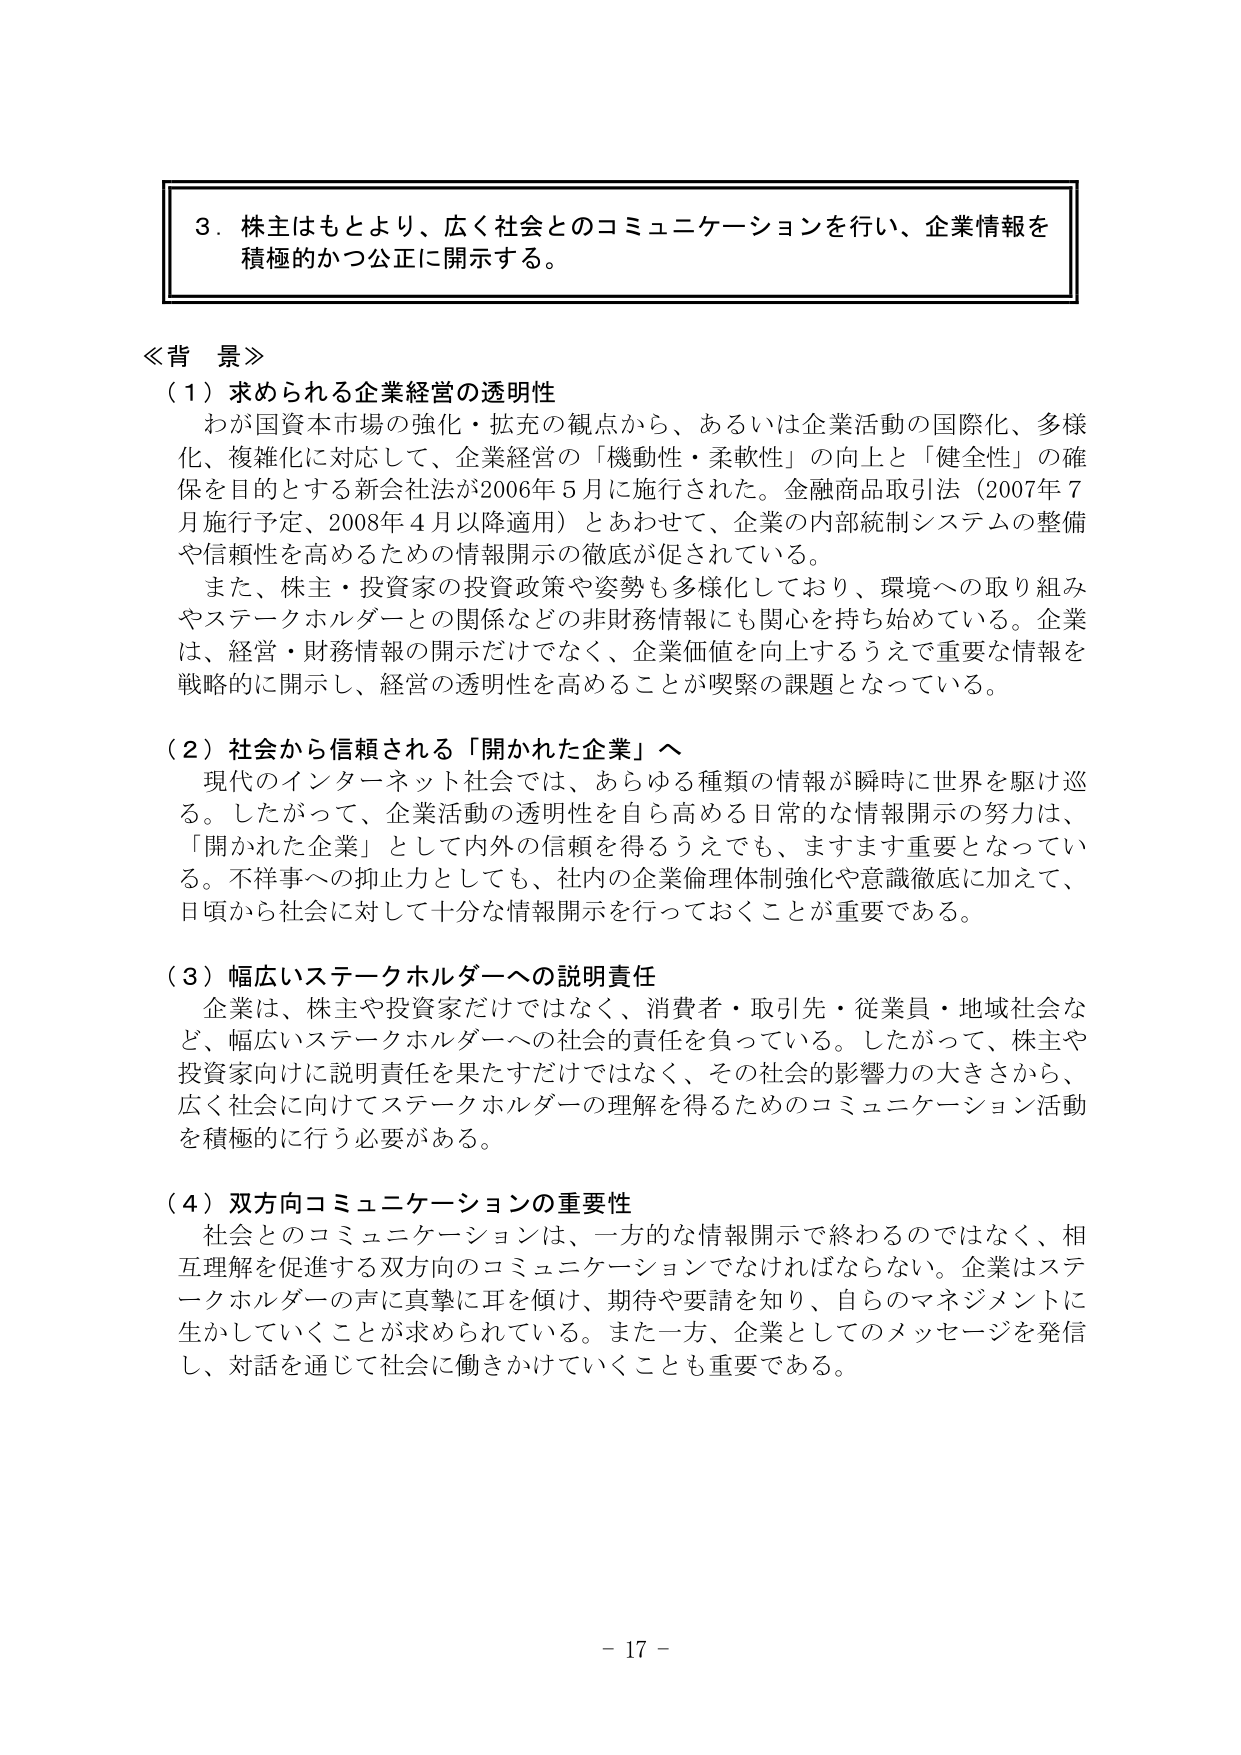
３．株主はもとより、広く社会とのコミュニケーションを行い、企業情報を積極的かつ公正に開示する。

≪背景≫
（１）求められる企業経営の透明性
　わが国資本市場の強化・拡充の観点から、あるいは企業活動の国際化、多様化、複雑化に対応して、企業経営の「機動性・柔軟性」の向上と「健全性」の確保を目的とする新会社法が2006年５月に施行された。金融商品取引法（2007年７月施行予定、2008年４月以降適用）とあわせて、企業の内部統制システムの整備や信頼性を高めるための情報開示の徹底が促されている。
　また、株主・投資家の投資政策や姿勢も多様化しており、環境への取り組みやステークホルダーとの関係などの非財務情報にも関心を持ち始めている。企業は、経営・財務情報の開示だけでなく、企業価値を向上するうえで重要な情報を戦略的に開示し、経営の透明性を高めることが喫緊の課題となっている。

（２）社会から信頼される「開かれた企業」へ
　現代のインターネット社会では、あらゆる種類の情報が瞬時に世界を駆け巡る。したがって、企業活動の透明性を自ら高める日常的な情報開示の努力は、「開かれた企業」として内外の信頼を得るうえでも、ますます重要となっている。不祥事への抑止力としても、社内の企業倫理体制強化や意識徹底に加えて、日頃から社会に対して十分な情報開示を行っておくことが重要である。

（３）幅広いステークホルダーへの説明責任
　企業は、株主や投資家だけではなく、消費者・取引先・従業員・地域社会など、幅広いステークホルダーへの社会的責任を負っている。したがって、株主や投資家向けに説明責任を果たすだけではなく、その社会的影響力の大きさから、広く社会に向けてステークホルダーの理解を得るためのコミュニケーション活動を積極的に行う必要がある。

（４）双方向コミュニケーションの重要性
　社会とのコミュニケーションは、一方的な情報開示で終わるのではなく、相互理解を促進する双方向のコミュニケーションでなければならない。企業はステークホルダーの声に真摯に耳を傾け、期待や要請を知り、自らのマネジメントに生かしていくことが求められている。また一方、企業としてのメッセージを発信し、対話を通じて社会に働きかけていくことも重要である。

－ 17 －